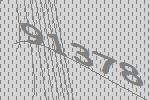
91378